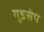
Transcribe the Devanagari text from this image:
गुडसेप